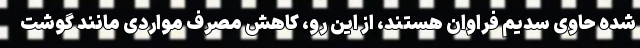
شده حاوی سدیم فراوان هستند، از این رو، کاهش مصرف مواردی مانند گوشت